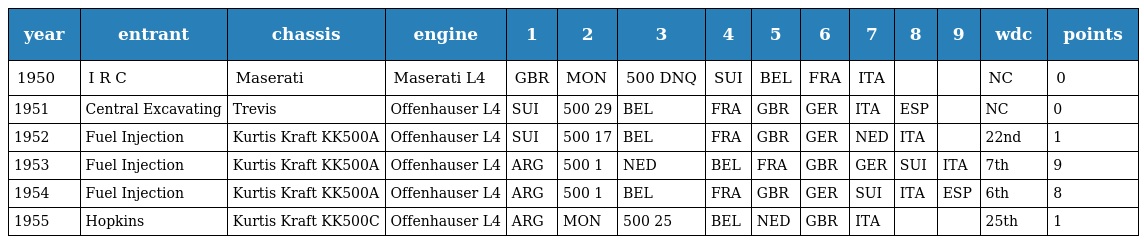
| year | entrant | chassis | engine | 1 | 2 | 3 | 4 | 5 | 6 | 7 | 8 | 9 | wdc | points |
 | --- | --- | --- | --- | --- | --- | --- | --- | --- | --- | --- | --- | --- | --- | --- |
 | 1950 | I R C | Maserati | Maserati L4 | GBR | MON | 500 DNQ | SUI | BEL | FRA | ITA |  |  | NC | 0 |
 | 1951 | Central Excavating | Trevis | Offenhauser L4 | SUI | 500 29 | BEL | FRA | GBR | GER | ITA | ESP |  | NC | 0 |
 | 1952 | Fuel Injection | Kurtis Kraft KK500A | Offenhauser L4 | SUI | 500 17 | BEL | FRA | GBR | GER | NED | ITA |  | 22nd | 1 |
 | 1953 | Fuel Injection | Kurtis Kraft KK500A | Offenhauser L4 | ARG | 500 1 | NED | BEL | FRA | GBR | GER | SUI | ITA | 7th | 9 |
 | 1954 | Fuel Injection | Kurtis Kraft KK500A | Offenhauser L4 | ARG | 500 1 | BEL | FRA | GBR | GER | SUI | ITA | ESP | 6th | 8 |
 | 1955 | Hopkins | Kurtis Kraft KK500C | Offenhauser L4 | ARG | MON | 500 25 | BEL | NED | GBR | ITA |  |  | 25th | 1 |